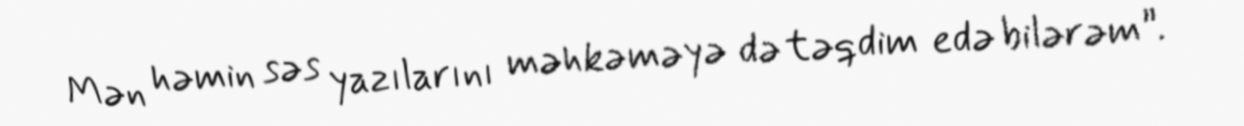
Mən həmin səs yazılarını məhkəməyə də təqdim edə bilərəm”.